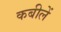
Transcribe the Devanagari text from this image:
कबीलें